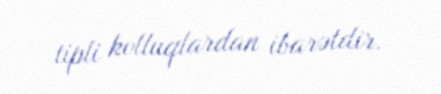
tipli kolluqlardan ibarətdir.